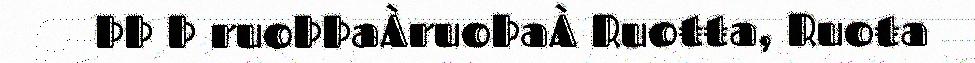
ÞÞ Þ ruoÞÞaÀruoÞaÀ Ruoŧŧa, Ruoŧa